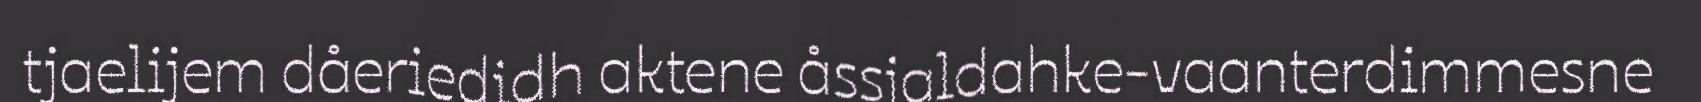
tjaelijem dåeriedidh aktene åssjaldahke-vaanterdimmesne